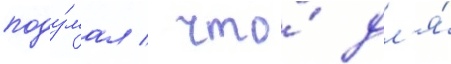
поду́мал / что́ дл'я́